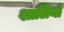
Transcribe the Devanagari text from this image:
शालियों